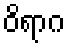
ဝိရာဂ